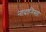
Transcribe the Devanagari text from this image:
नादानिस्ता